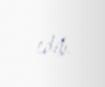
edib.